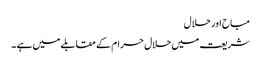
مباح اور حلال
شریعت میں حلال حرام کے مقابلے میں ہے ۔